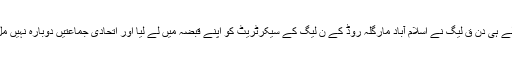
لیکن اگلے ہی دن ق لیگ نے اسلام آباد مارگلہ روڈ کے ن لیگ کے سیکرٹریٹ کو اپنے قبضہ میں لے لیا اور اتحادی جماعتیں دوبارہ نہیں مل سکیں۔